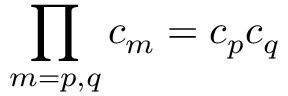
\prod _ { m = p , q } c _ { m } = c _ { p } c _ { q }